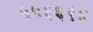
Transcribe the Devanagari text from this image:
५५६६९४